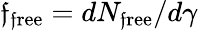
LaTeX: \mathfrak{f}_{\mathrm{{\mathfrak{f}ree}}}=dN_{\mathrm{{\mathfrak{f}ree}}}/d\gamma